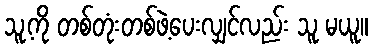
သူ့ကို တစ်တုံးတစ်ဖဲ့ပေးလျှင်လည်း သူ မယူ။